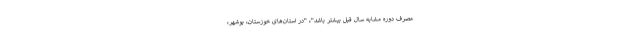
مصرف دوره مشابه سال قبل بیشتر باشد"، "در استان‌های خوزستان، بوشهر،